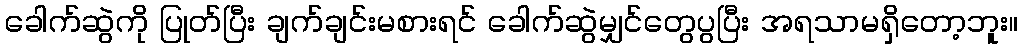
ခေါက်ဆွဲကို ပြုတ်ပြီး ချက်ချင်းမစားရင် ခေါက်ဆွဲမျှင်တွေပွပြီး အရသာမရှိတော့ဘူး။